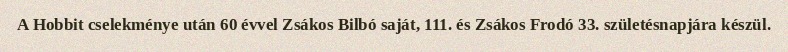
A Hobbit cselekménye után 60 évvel Zsákos Bilbó saját, 111. és Zsákos Frodó 33. születésnapjára készül.